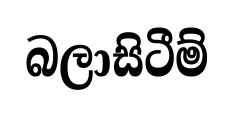
බලාසිටීම්